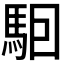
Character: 𱄔